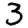
Digit: 3